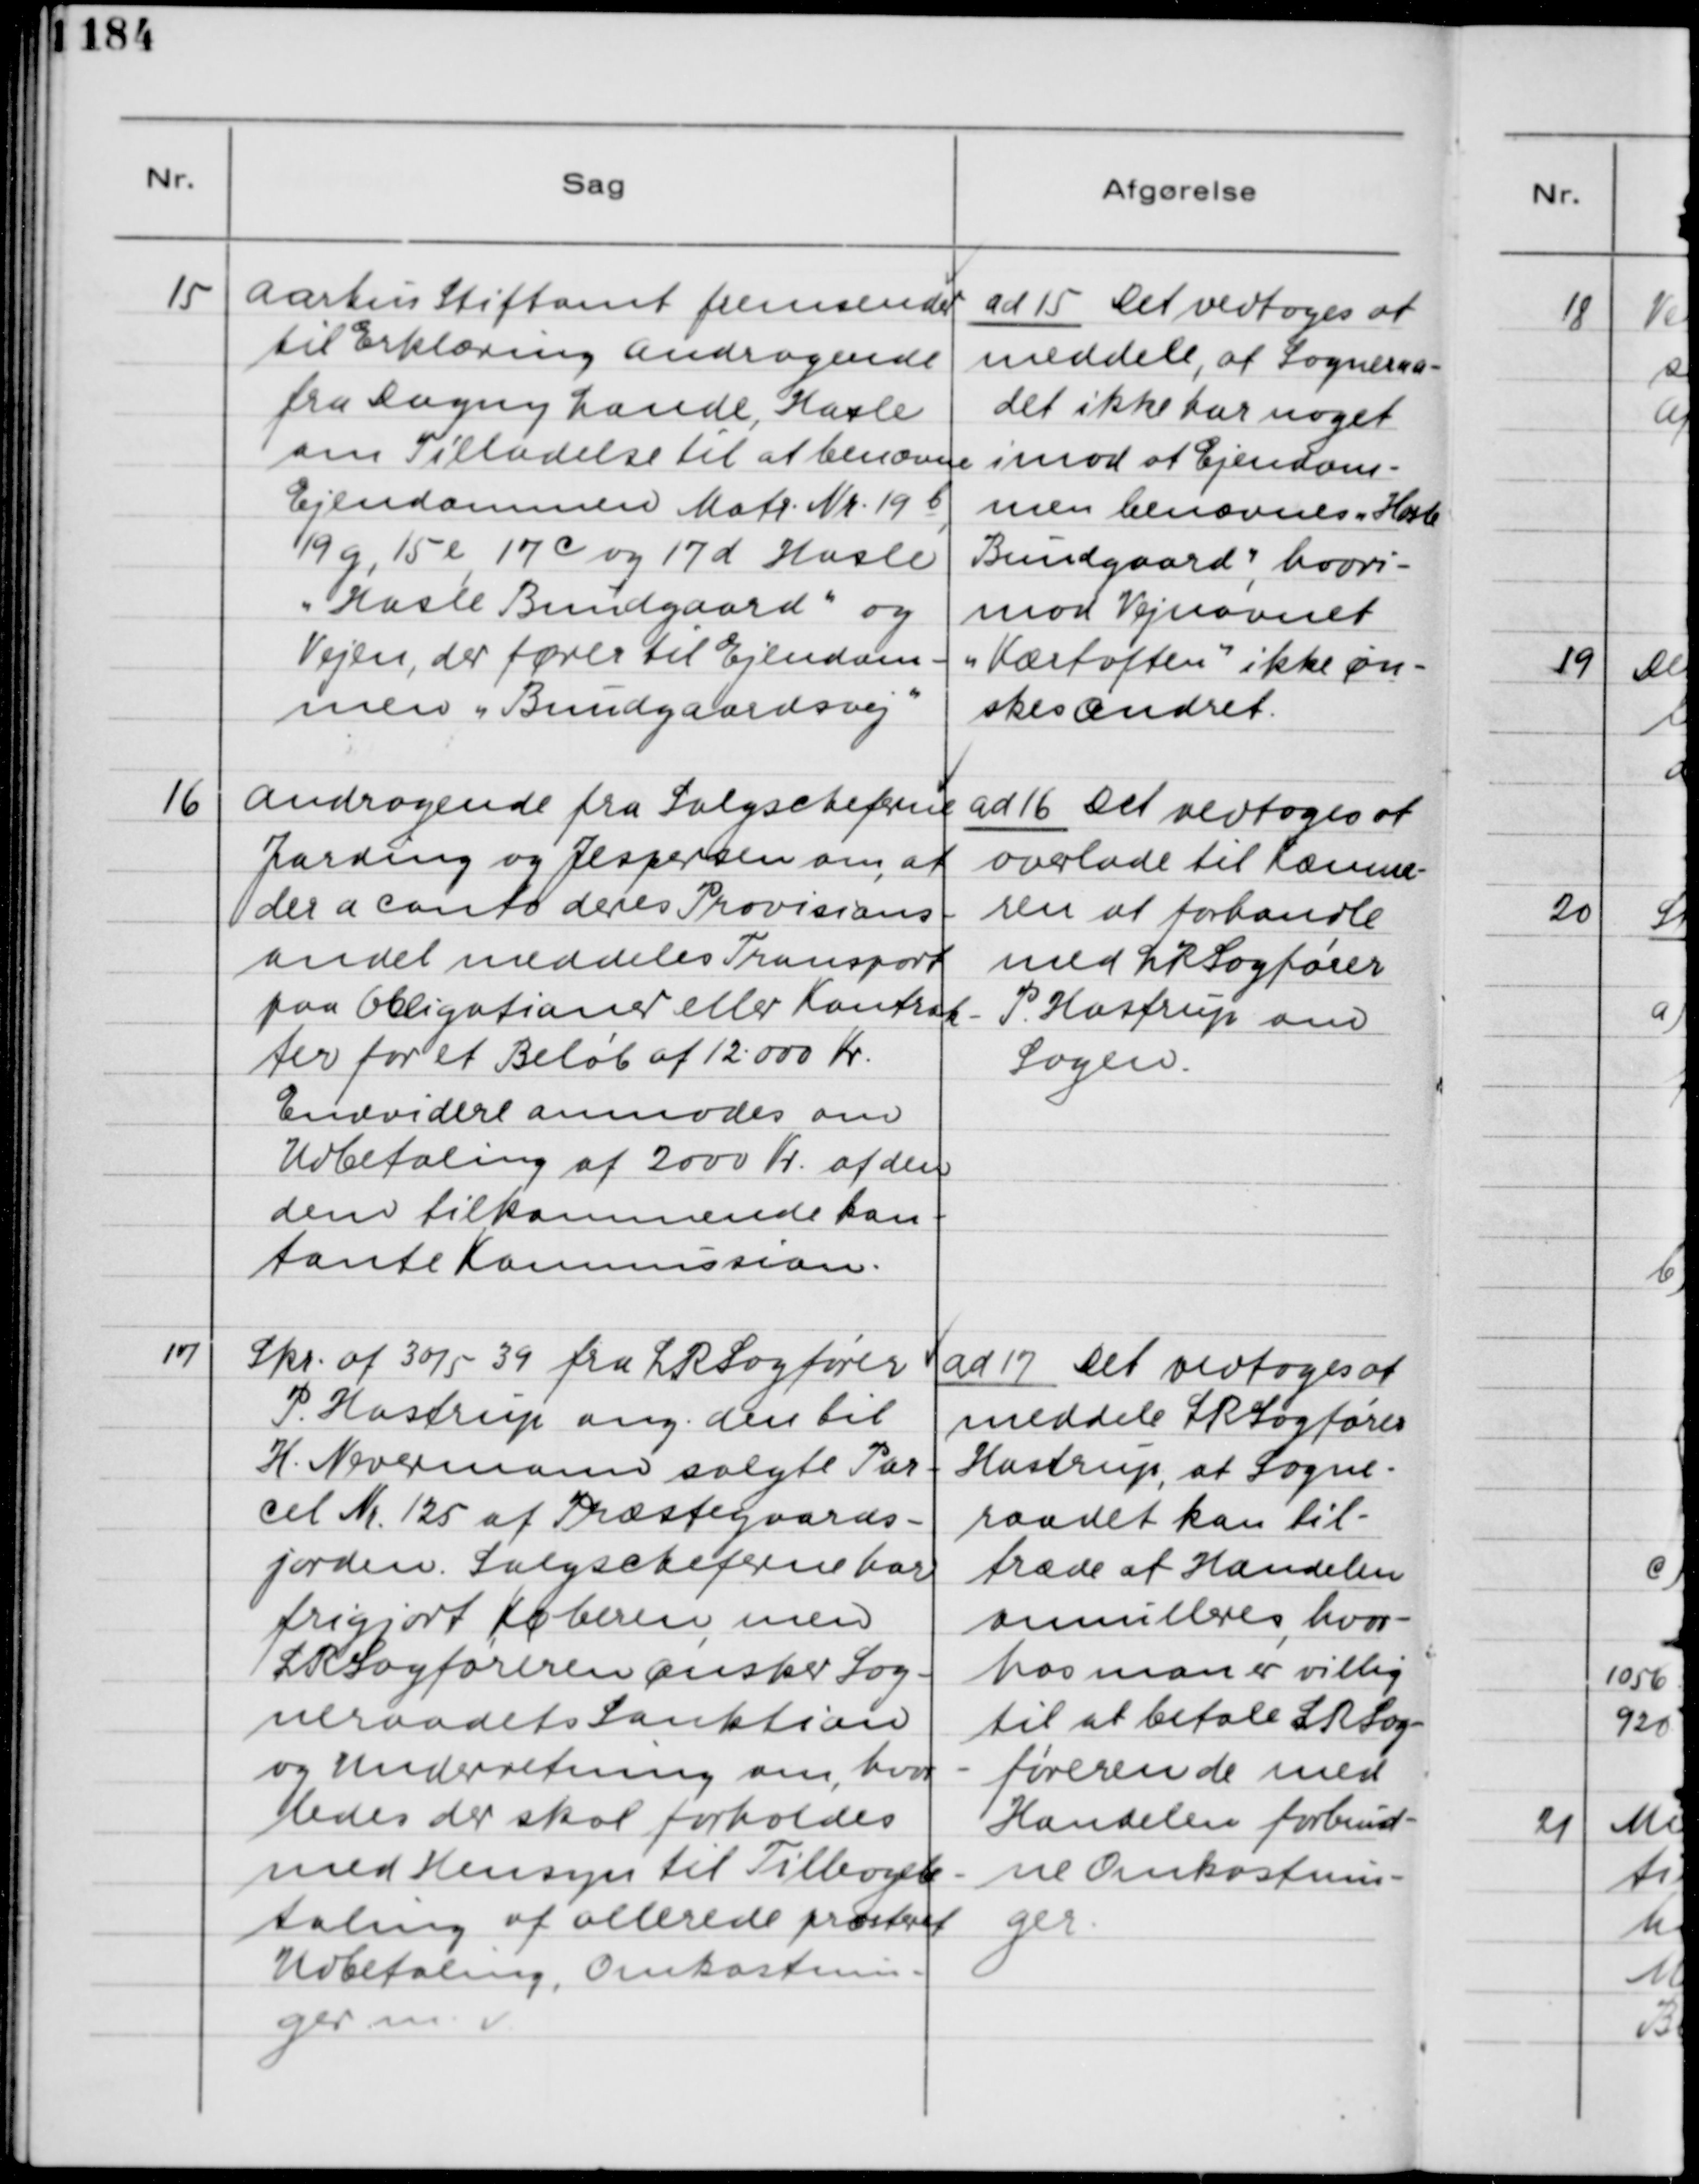
Transskription:
15

Aarhus Stiftamt fremsender
til Erklæring Andragende
fra Dagny Lande, Hasle
om Tilladelse til at benævne
Ejendommen Matr. Nr. 19 b,
19 g, 15 e, 17c og 17 d Hasle
"Hasle Bundgaard" og
Vejen, der fører til Ejendom-
men "Bundgaardsvej"

ad 15. Det vedtoges at
meddele, at Sogneraa-
det ikke har noget
imod at Ejendom-
men benævnes "Hasle
Bundgaard", hvori-
mod Vejnavnet
"Kærtoften" ikke øn-
skes ændret.

16

Andragende fra Salgscheferne
Jarding og Jespersen om, at
der a conto deres Provisions-
andel meddeles Transport
paa Obligationer eller Kontrak-
ter for et Beløb af 12.000 Kr.
Endvidere anmodes om
Udbetaling af 2000 Kr. af den
dem tilkommende kon-
tante Kommission.

ad 16. Det vedtoges at
overlade til Kæmne-
ren at forhandle
med LRSagfører
P. Hastrup om
Sagen.

17

Skr. af 30/5 39 fra LRSagfører
P. Hastrup ang. den til
H. Nevermann solgte Par-
cel Nr. 125 af Præstegaards-
jorden. Salgscheferne har
frigjort Køberen, men
LRSagføreren ønsker Sog-
neraadets Sanktion
og Underretning om, hvor-
ledes der skal forholdes
med Hensyn til Tilbagebe-
taling af allerede præsteret
Udbetaling, Omkostnin-
ger m.v.

ad 17. Det vedtoges at
meddele LRSagfører
Hastrup, at Sogne-
raadet kan til-
træde at Handelen
annulleres, hvor-
hos man er villig
til at betale LRSag-
føreren de med
Handelen forbund-
ne Omkostnin-
ger.